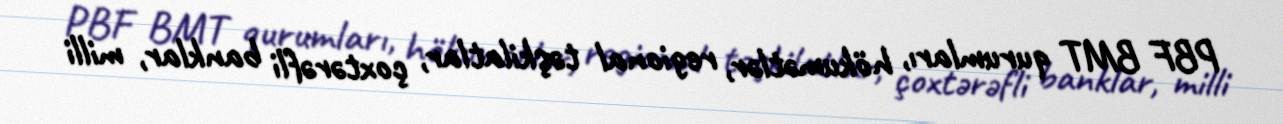
PBF BMT qurumları, hökumətlər, regional təşkilatlar, çoxtərəfli banklar, milli